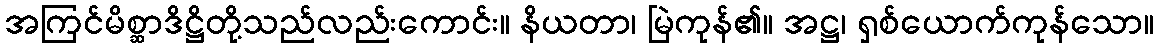
အကြင်မိစ္ဆာဒိဋ္ဌိတို့သည်လည်းကောင်း။ နိယတာ၊ မြဲကုန်၏။ အဋ္ဌ၊ ရှစ်ယောက်ကုန်သော။